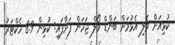
ކުޅިއަށް ވެލި އެޅުމަށް ބަންޑް ވޯލް ޖަހަން ފަށާފައި: ކުޅިން 8.9 ހެކްޓަރު